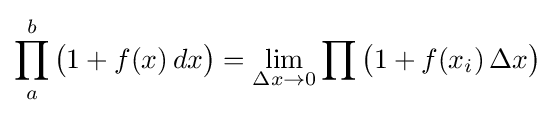
\prod _{a}^{b}{\big (}1+f(x)\,dx{\big )}=\lim _{\Delta x\to 0}\prod {\big (}1+f(x_{i})\,\Delta x{\big )}